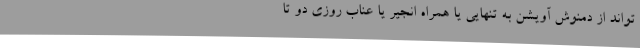
‌تواند از دمنوش آویشن به تنهایی یا همراه انجیر یا عناب روزی دو تا